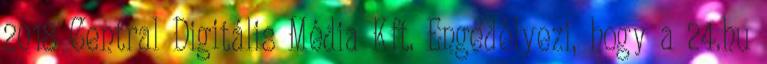
2018 Central Digitális Média Kft. Engedélyezi, hogy a 24.hu